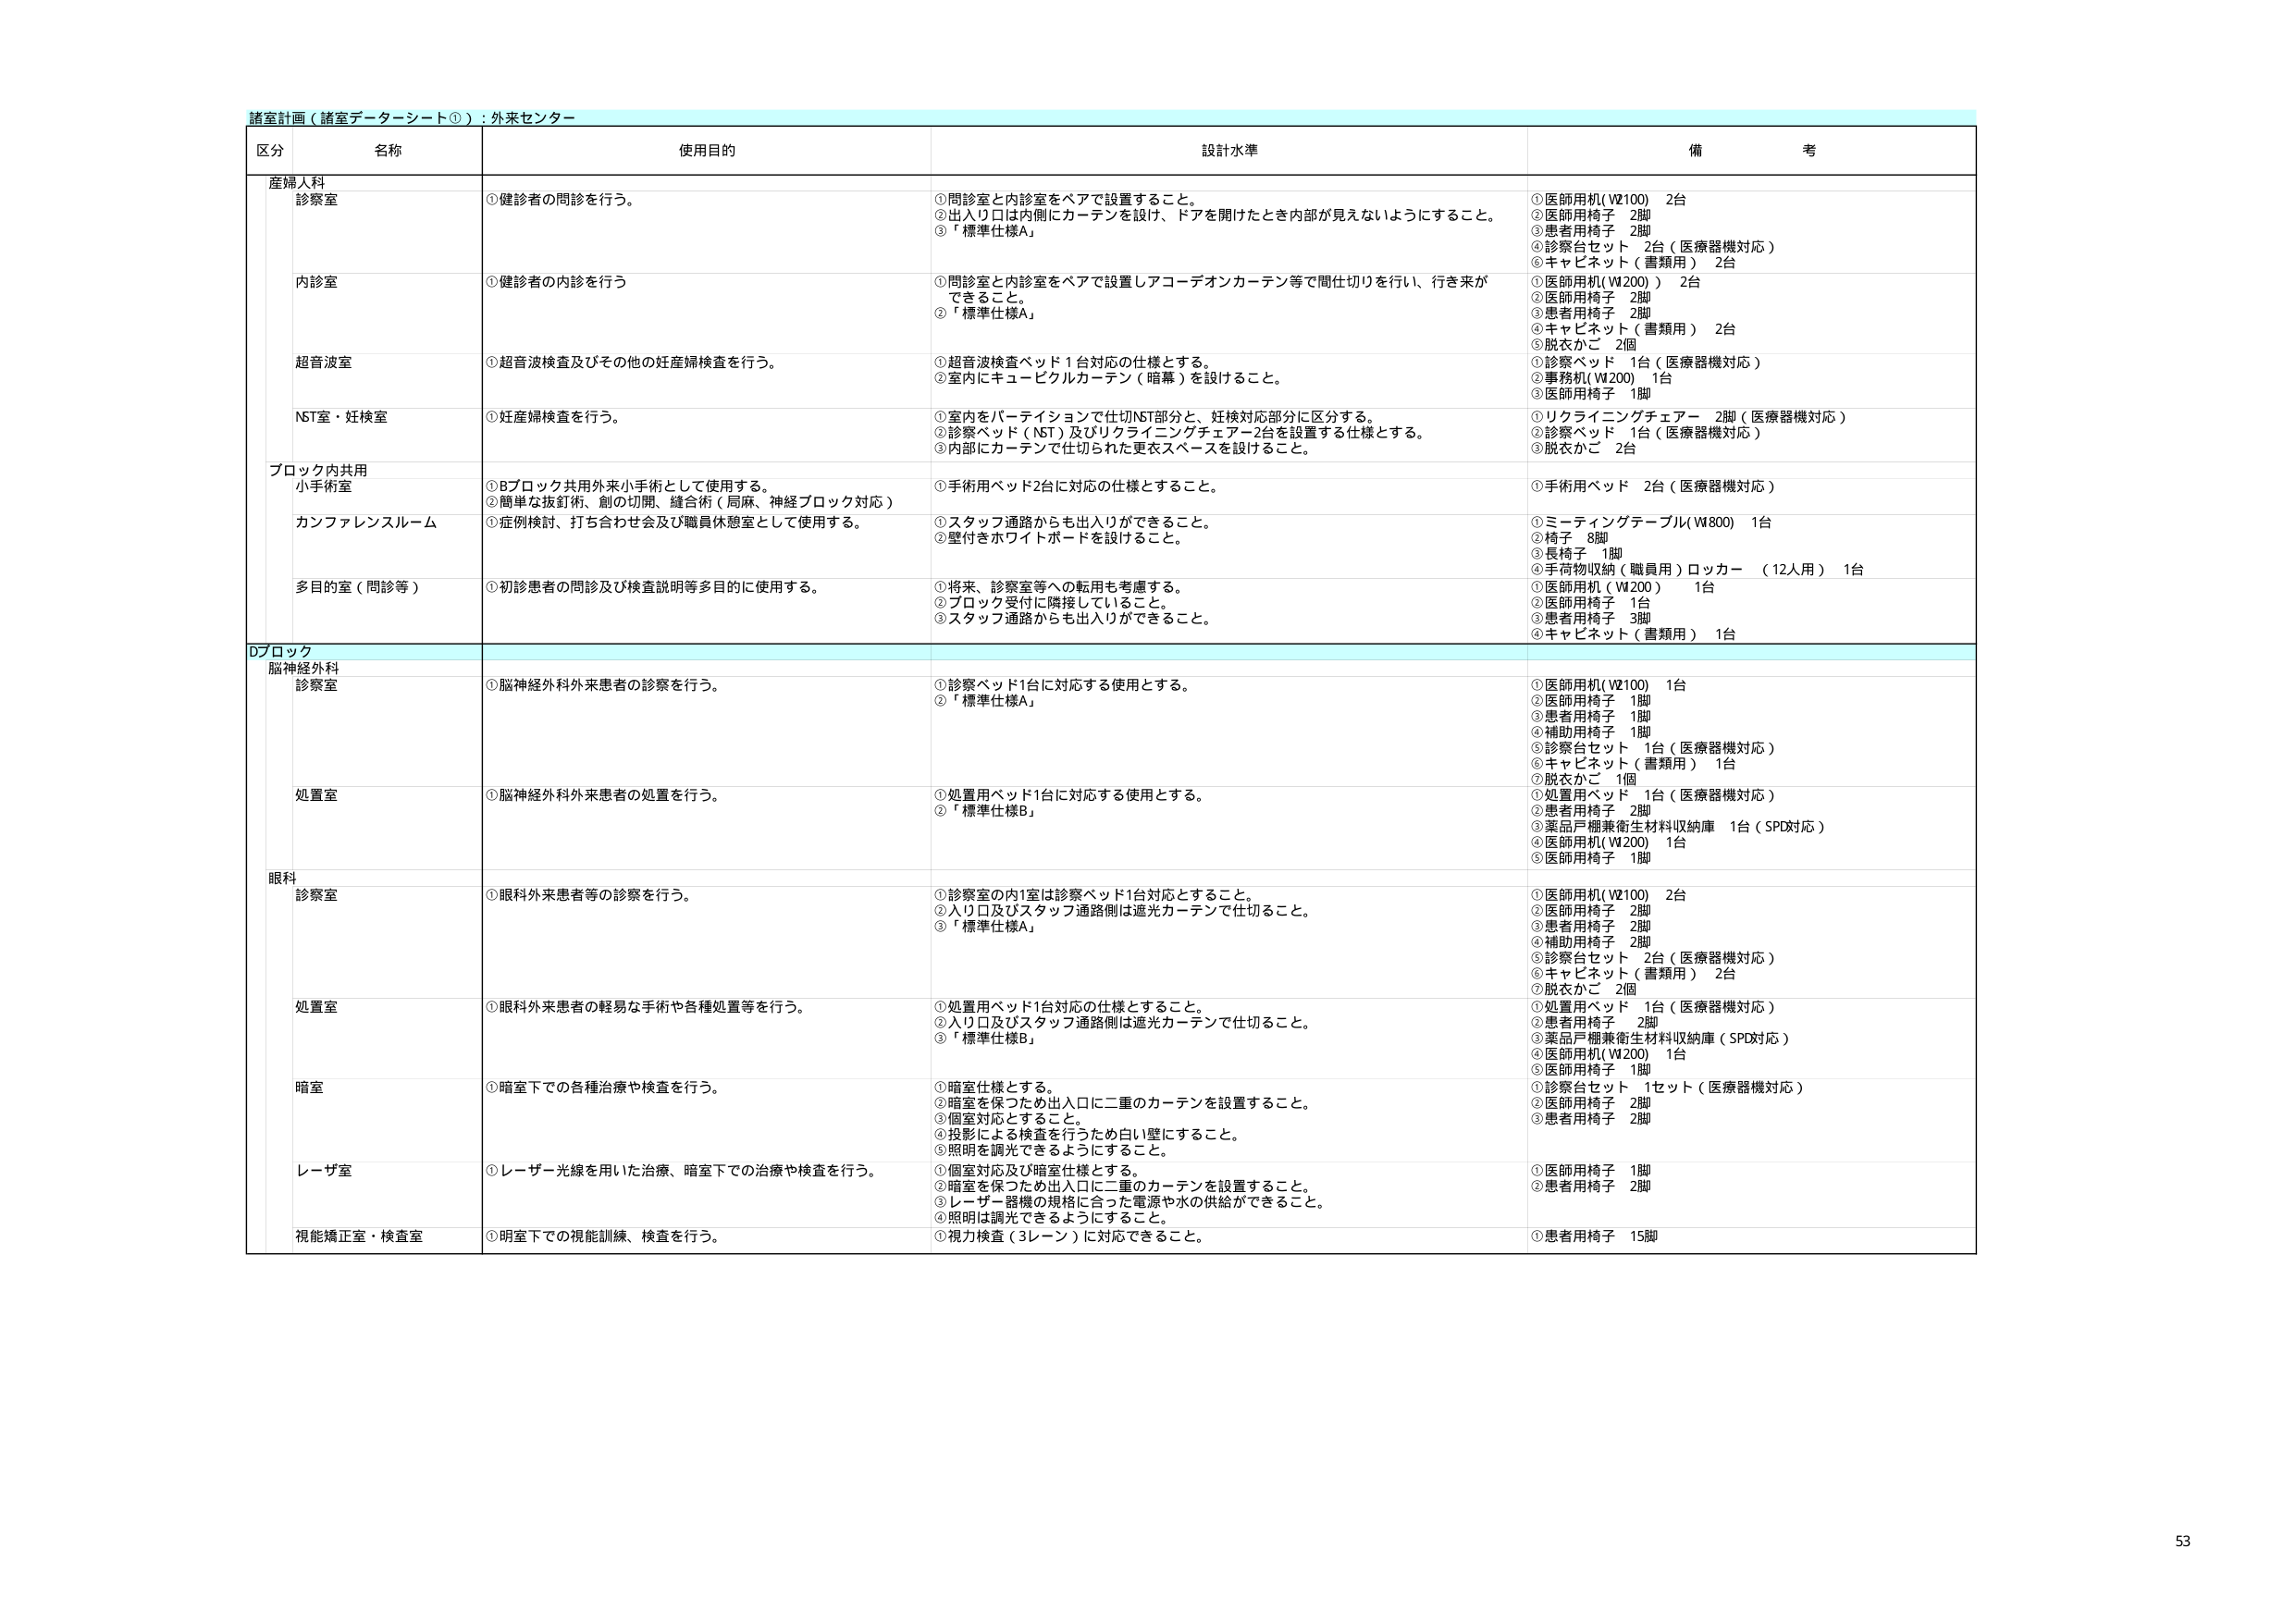
諸室計画（諸室データシート①）：外来センター

区分 名称 使用目的 設計水準 備考

産婦人科
診察室 ①健診者の問診を行う。 ①問診室と内診室をペアで設置すること。 ②出入り口は内側にカーテンを設け、ドアを開けたとき内部が見えないようにすること。 ③「標準仕様A」 ①医師用机(W100) 2台 ②医師用椅子 2脚 ③患者用椅子 2脚 ④診察台セット 2台（医療器機対応） ⑤キャビネット（書類用） 2台

内診室 ①健診者の内診を行う ①問診室と内診室をペアで設置しアコーデオンカーテン等で間仕切りを行い、行き来ができること。 ②「標準仕様A」 ①医師用机(W200) 2台 ②医師用椅子 2脚 ③患者用椅子 2脚 ④キャビネット（書類用） 2台 ⑤脱衣かご 2個

超音波室 ①超音波検査及びその他の妊産婦検査を行う。 ①超音波検査ベッド1台対応の仕様とする。 ②室内にキュービカルカーテン（暗幕）を設けること。 ①診察ベッド 1台（医療器機対応） ②事務机(W200) 1台 ③医師用椅子 1脚

NST室・妊検室 ①妊産婦検査を行う。 ①室内をパーティションで仕切NST部分と、妊検対応部分に区分する。 ②診察ベッド（NST）及びリクライニングチェアー2台を設置する仕様とする。 ③内部にカーテンで仕切られた更衣スペースを設けること。 ①リクライニングチェアー 2脚（医療器機対応） ②診察ベッド 1台（医療器機対応） ③脱衣かご 2台

ブロック内共用
小手術室 ①Bブロック共用外来小手術として使用する。 ②簡単な抜釘術、創の切開、縫合術（局麻、神経ブロック対応） ①手術用ベッド2台に対応の仕様とすること。 ①手術用ベッド 2台（医療器機対応）

カンファレンスルーム ①症例検討、打ち合わせ会及び職員休憩室として使用する。 ①スタッフ通路からも出入りができること。 ②壁付きホワイトボードを設けること。 ①ミーティングテーブル(W800) 1台 ②椅子 8脚 ③長椅子 1脚 ④手荷物収納（職員用）ロッカー （12人用） 1台

多目的室（問診等） ①初診患者の問診及び検査説明等多目的に使用する。 ①将来、診察室等への転用も考慮する。 ②ブロック受付に隣接していること。 ③スタッフ通路からも出入りができること。 ①医師用机（W200） 1台 ②医師用椅子 1台 ③患者用椅子 3脚 ④キャビネット（書類用） 1台

Dブロック
脳神経外科
診察室 ①脳神経外科外来患者の診察を行う。 ①診察ベッド1台に対応する使用とする。 ②「標準仕様A」 ①医師用机(W100) 1台 ②医師用椅子 1脚 ③患者用椅子 1脚 ④補助用椅子 1脚 ⑤診察台セット 1台（医療器機対応） ⑥キャビネット（書類用） 1台 ⑦脱衣かご 1個

処置室 ①脳神経外科外来患者の処置を行う。 ①処置用ベッド1台に対応する使用とする。 ②「標準仕様B」 ①処置用ベッド 1台（医療器機対応） ②患者用椅子 2脚 ③薬品戸棚兼衛生材料収納庫 1台（SPD対応） ④医師用机(W200) 1台 ⑤医師用椅子 1脚

眼科
診察室 ①眼科外来患者等の診察を行う。 ①診察室の内1室は診察ベッド1台対応とすること。 ②入り口及びスタッフ通路側は遮光カーテンで仕切ること。 ③「標準仕様A」 ①医師用机(W100) 2台 ②医師用椅子 2脚 ③患者用椅子 2脚 ④補助用椅子 2脚 ⑤診察台セット 2台（医療器機対応） ⑥キャビネット（書類用） 2台 ⑦脱衣かご 2個

処置室 ①眼科外来患者の軽易な手術や各種処置等を行う。 ①処置用ベッド1台対応の仕様とすること。 ②入り口及びスタッフ通路側は遮光カーテンで仕切ること。 ③「標準仕様B」 ①処置用ベッド 1台（医療器機対応） ②患者用椅子 2脚 ③薬品戸棚兼衛生材料収納庫（SPD対応） ④医師用机(W200) 1台 ⑤医師用椅子 1脚

暗室 ①暗室下での各種治療や検査を行う。 ①暗室仕様とする。 ②暗室を保つため出入口に二重のカーテンを設置すること。 ③個室対応とすること。 ④投影による検査を行うため白い壁にすること。 ⑤照明を調光できるようにすること。 ①診察台セット 1セット（医療器機対応） ②医師用椅子 2脚 ③患者用椅子 2脚

レーザ室 ①レーザー光線を用いた治療、暗室下での治療や検査を行う。 ①個室対応及び暗室仕様とする。 ②暗室を保つため出入口に二重のカーテンを設置すること。 ③レーザー器機の規格に合った電源や水の供給ができること。 ④照明は調光できるようにすること。 ①医師用椅子 1脚 ②患者用椅子 2脚

視能矯正室・検査室 ①明室下での視能訓練、検査を行う。 ①視力検査（3レン）に対応できること。 ①患者用椅子 15脚

53